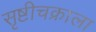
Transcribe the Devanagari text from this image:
सृष्टीचक्राला